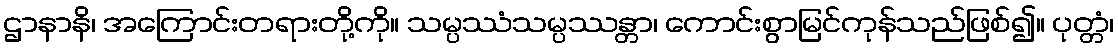
ဌာနာနိ၊ အကြောင်းတရားတို့ကို။ သမ္ပဿံသမ္ပဿန္တာ၊ ကောင်းစွာမြင်ကုန်သည်ဖြစ်၍။ ပုတ္တံ၊